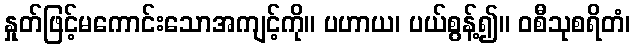
နှုတ်ဖြင့်မကောင်းသောအကျင့်ကို။ ပဟာယ၊ ပယ်စွန့်၍။ ဝစီသုစရိတံ၊